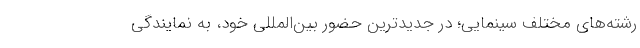
رشته‌های مختلف سینمایی؛ در جدیدترین حضور بین‌المللی خود، به نمایندگی